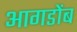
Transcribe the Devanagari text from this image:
आगडोंब